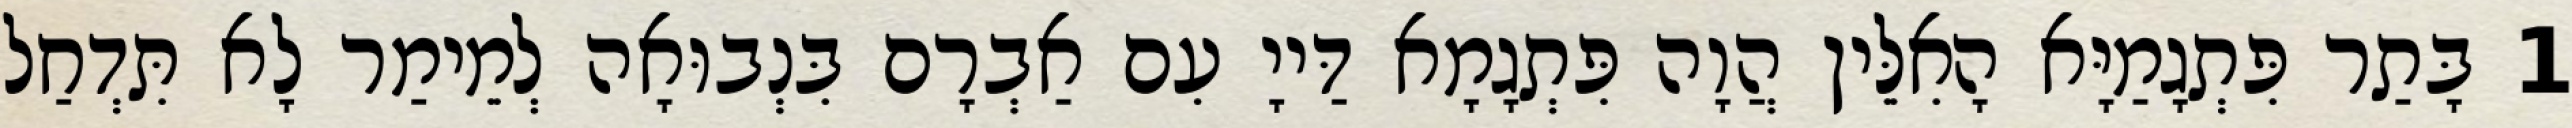
1 בָּתַר פִּתְגָמַיָּא הָאִלֵּין הֲוָה פִּתְגָמָא דַּייָ עִם אַבְרָם בִּנְבוּאָה לְמֵימַר לָא תִּדְחַל